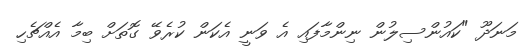
މަނަދޫ "ކައުންސިލުން ނިންމާފައި އެ ވަނީ އެކަން ކުރެވޭ ގޮތަށް ބިމާ އެއްޗެހި